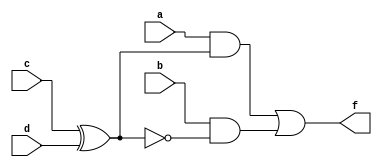
module Fd(a,b,c,d,f);
input a,b,c,d;
output f;
wire p;
assign p=c^d;
assign f=(a&p)|(b&(~p));
endmodule